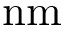
\mathrm { n m }